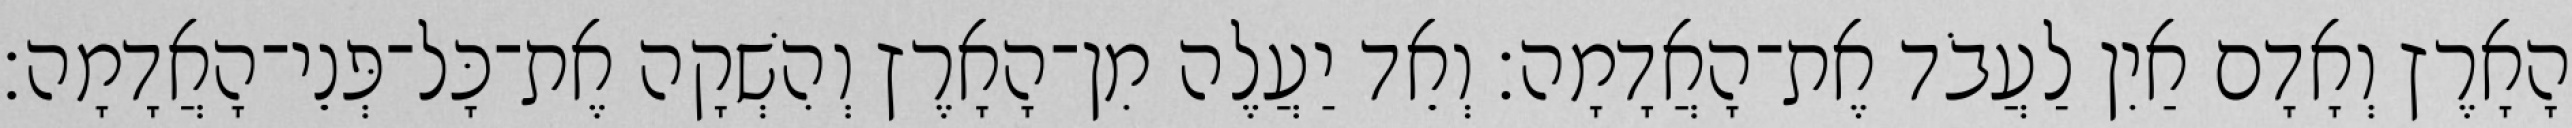
הָאָרֶץ וְאָדָם אַיִן לַעֲבֹד אֶת־הָאֲדָמָה׃ וְאֵד יַעֲלֶה מִן־הָאָרֶץ וְהִשְׁקָה אֶת־כָּל־פְּנֵי־הָאֲדָמָה׃